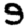
Digit: 9